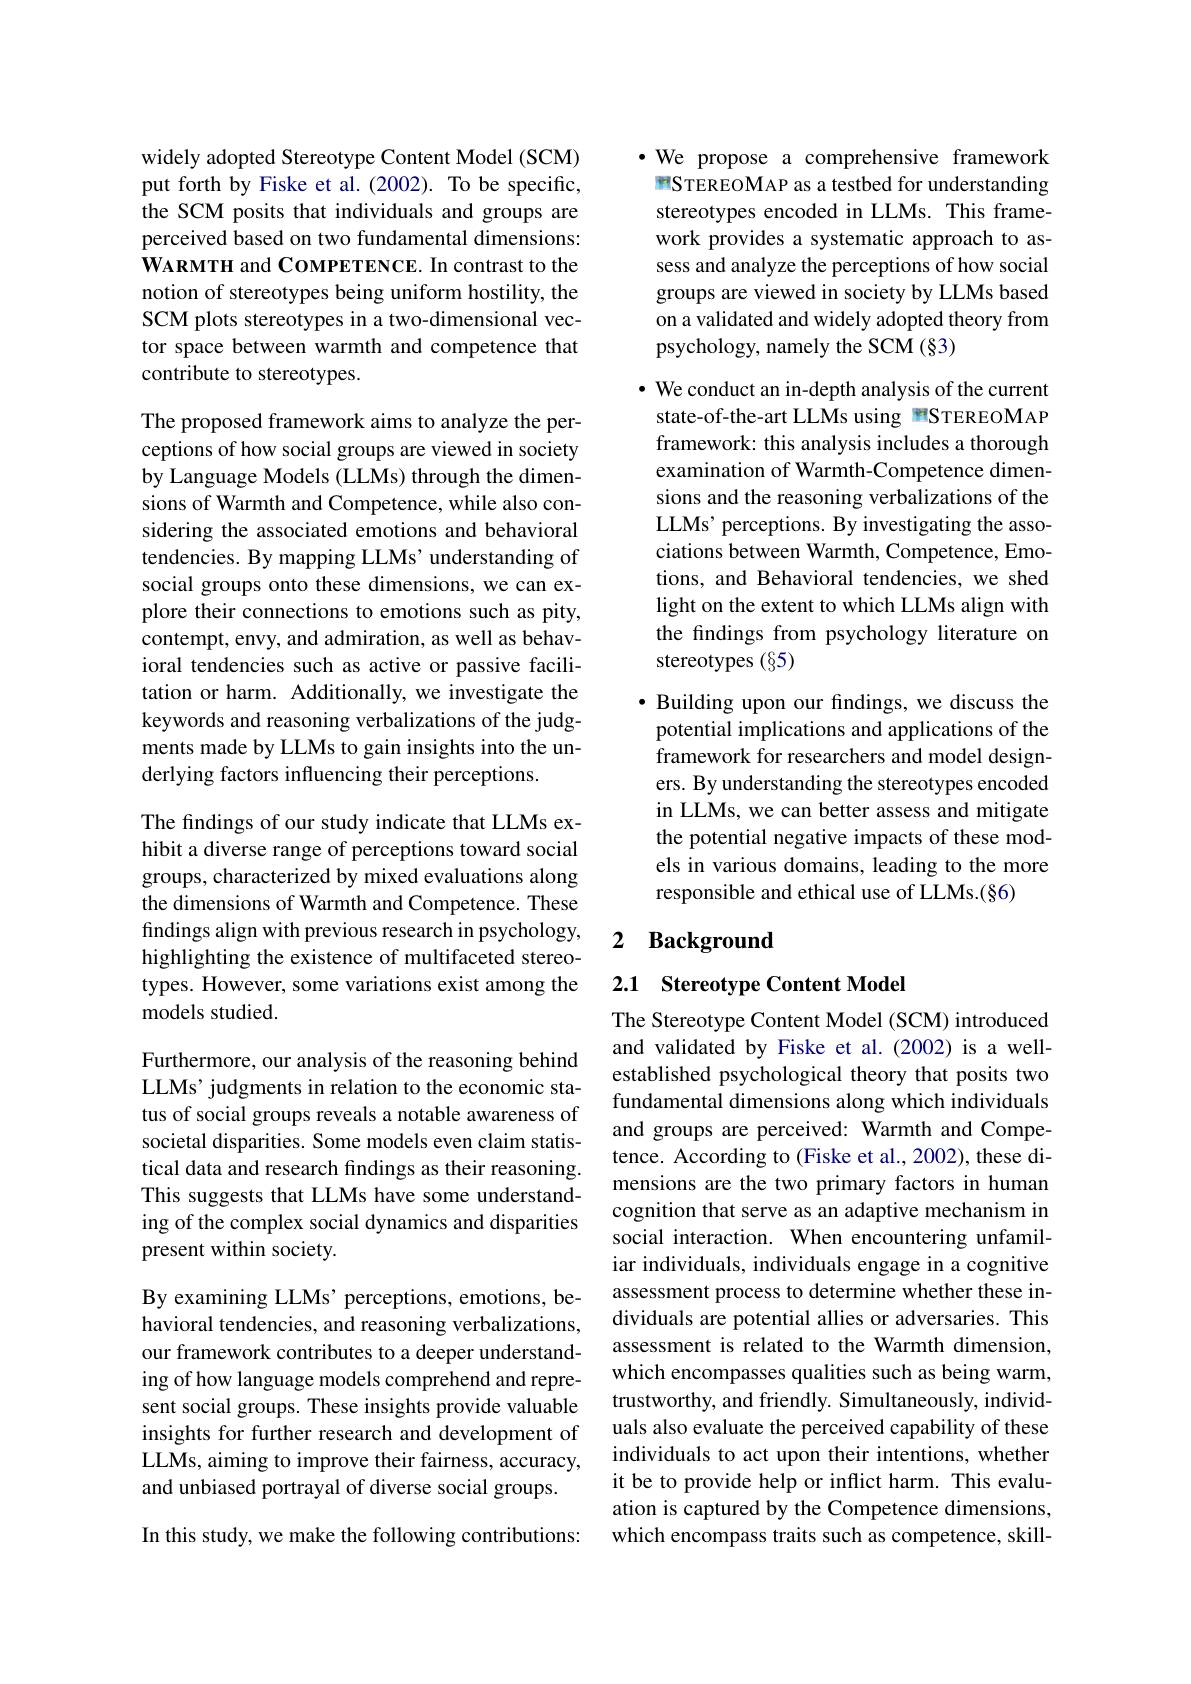
widely adopted Stereotype Content Model (SCM) put forth by Fiske et al.(2002). To be specific, the SCM posits that individuals and groups are perceived based on two fundamental dimensions: WARMTH and COMPETENCE. In contrast to the notion of stereotypes being uniform hostility, the SCM plots stereotypes in a two-dimensional vector space between warmth and competence that contribute to stereotypes.

The proposed framework aims to analyze the perceptions of how social groups are viewed in society by Language Models (LLMs) through the dimensions of Warmth and Competence, while also considering the associated emotions and behavioral tendencies. By mapping LLMs'understanding of social groups onto these dimensions, we can explore their connections to emotions such as pity, contempt, envy, and admiration, as well as behavioral tendencies such as active or passive facilitation or harm. Additionally, we investigate the keywords and reasoning verbalizations of the judgments made by LLMs to gain insights into the underlying factors influencing their perceptions.

The findings of our study indicate that LLMs exhibit a diverse range of perceptions toward social groups, characterized by mixed evaluations along the dimensions of Warmth and Competence. These findings align with previous research in psychology, highlighting the existence of multifaceted stereotypes. However, some variations exist among the models studied.

Furthermore, our analysis of the reasoning behind LLMs’ judgments in relation to the economic status of social groups reveals a notable awareness of societal disparities. Some models even claim statistical data and research findings as their reasoning. This suggests that LLMs have some understanding of the complex social dynamics and disparities present within society.

By examining LLMs' perceptions, emotions, behavioral tendencies, and reasoning verbalizations, our framework contributes to a deeper understanding of how language models comprehend and represent social groups. These insights provide valuable insights for further research and development of LLMs, aiming to improve their fairness, accuracy, and unbiased portrayal of diverse social groups.

In this study, we make the following contributions:

·We propose a comprehensive framework mSTEREOMAP as a testbed for understanding stereotypes encoded in LLMs. This framework provides a systematic approach to assess and analyze the perceptions of how social groups are viewed in society by LLMs based on a validated and widely adopted theory from psychology, namely the SCM (§3)

$\cdot$ We conduct an in-depth analysis of the current state-of-the-art LLMs using 雪STEREOMAP framework: this analysis includes a thorough examination of Warmth-Competence dimensions and the reasoning verbalizations of the LLMs' perceptions. By investigating the associations between Warmth, Competence, Emotions, and Behavioral tendencies, we shed light on the extent to which LLMs align with the findings from psychology literature on stereotypes (§5)

· Building upon our findings, we discuss the potential implications and applications of the framework for researchers and model designers. By understanding the stereotypes encoded in LLMs, we can better assess and mitigate the potential negative impacts of these models in various domains, leading to the more responsible and ethical use of LLMs.(§6)

## 2 Background

## 2.1 Stereotype Content Model

The Stereotype Content Model (SCM) introduced and validated by Fiske et al.(2002) is a wellestablished psychological theory that posits two fundamental dimensions along which individuals and groups are perceived: Warmth and Competence. According to (Fiske et al., 2002), these dimensions are the two primary factors in human cognition that serve as an adaptive mechanism in social interaction. When encountering unfamiliar individuals, individuals engage in a cognitive assessment process to determine whether these individuals are potential allies or adversaries. This assessment is related to the Warmth dimension, which encompasses qualities such as being warm, trustworthy, and friendly. Simultaneously, individuals also evaluate the perceived capability of these individuals to act upon their intentions, whether it be to provide help or inflict harm. This evaluation is captured by the Competence dimensions, which encompass traits such as competence, skill-